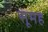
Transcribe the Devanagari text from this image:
सूमह